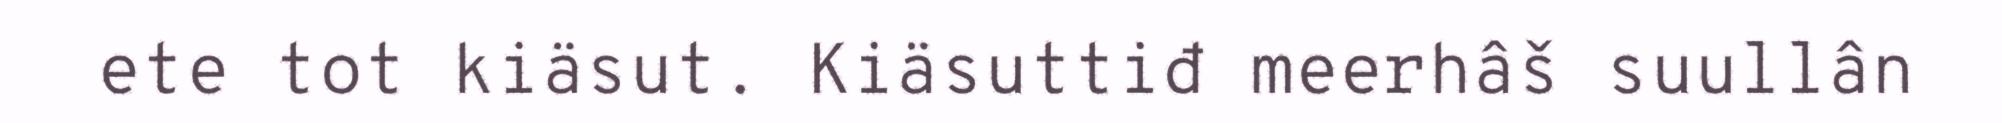
ete tot kiäsut. Kiäsuttiđ meerhâš suullân